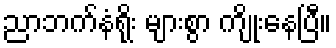
ညာဘက်နံရိုး များစွာ ကျိုးနေပြီ။